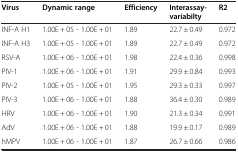
| Virus | Dynamic range | Efficiency | Interassay- variabilty | R2 |
 | --- | --- | --- | --- | --- |
 | INF-A H1 | 1.00E + 05 - 1.00E + 01 | 1.89 | 22.7 ± 0.49 | 0.972 |
 | INF-A H3 | 1.00E + 05 - 1.00E + 01 | 1.89 | 22.7 ± 0.49 | 0.972 |
 | RSV-A | 1.00E + 06 - 1.00E + 01 | 1.98 | 22.4 ± 0.36 | 0.998 |
 | PIV-1 | 1.00E + 06 - 1.00E + 01 | 1.91 | 29.9 ± 0.84 | 0.993 |
 | PIV-2 | 1.00E + 05 - 1.00E + 01 | 1.95 | 29.3 ± 0.33 | 0.997 |
 | PIV-3 | 1.00E + 06 - 1.00E + 01 | 1.88 | 36.4 ± 0.30 | 0.989 |
 | HRV | 1.00E + 06 - 1.00E + 01 | 1.90 | 21.3 ± 0.34 | 0.991 |
 | AdV | 1.00E + 06 - 1.00E + 01 | 1.88 | 19.9 ± 0.17 | 0.989 |
 | hMPV | 1.00E + 06 - 1.00E + 01 | 1.87 | 26.7 ± 0.66 | 0.986 |